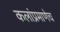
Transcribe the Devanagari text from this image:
कलांप्रमाणेच